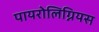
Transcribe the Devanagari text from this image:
पायरोलिग्नियस